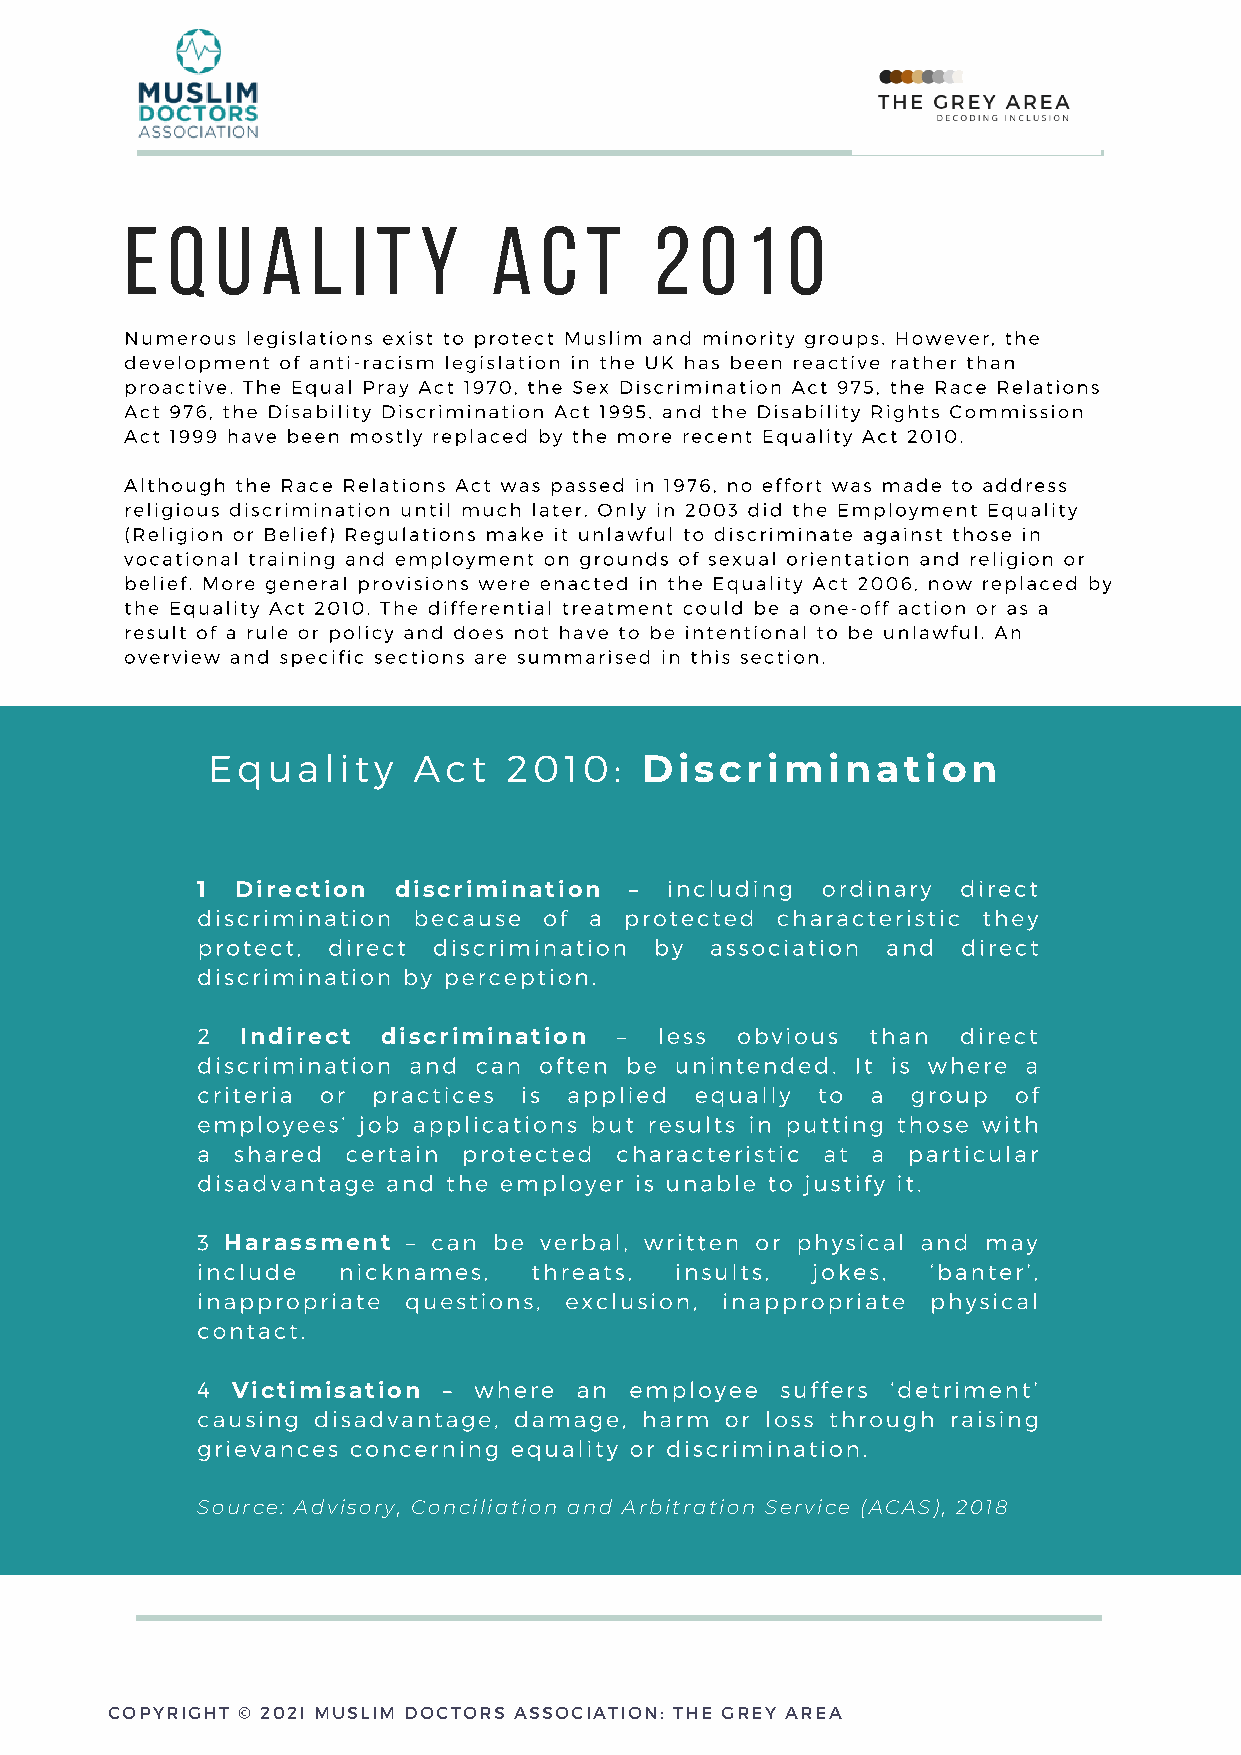
E  Q  U  A   L I T  Y    A  C  T   2  0  1  0
 Numerous legislations exist to protect Muslim and minority groups. However, the
 development of anti-racism legislation in the UK has been reactive rather than
 proactive. The Equal Pray Act 1970, the Sex Discrimination Act 975, the Race Relations
 Act 976, the Disability Discrimination Act 1995, and the Disability Rights Commission
 Act 1999 have been mostly replaced by the more recent Equality Act 2010.
 Although the Race Relations Act was passed in 1976, no effort was made to address
 religious discrimination until much later. Only in 2003 did the Employment Equality
 (Religion or Belief) Regulations make it unlawful to discriminate against those in
 vocational training and employment on grounds of sexual orientation and religion or
 belief. More general provisions were enacted in the Equality Act 2006, now replaced by
 the Equality Act 2010. The differential treatment could be a one-off action or as a
 result of a rule or policy and does not have to be intentional to be unlawful. An
 overview and specific sections are summarised in this section.
 Equality     Act    2010:
 Discrimination
 1  Direction discrimination  – including ordinary  direct
 discrimination because of a protected characteristic they
 protect, direct discrimination by association and  direct
 discrimination by perception.
 2  Indirect discrimination  –  less obvious  than  direct
 discrimination and can often be unintended. It is where a
 criteria or practices is applied equally to  a group  of
 employees’ job applications but results in putting those with
 a shared  certain protected characteristic at a particular
 disadvantage and the employer is unable to justify it.
 3 Harassment  – can be verbal, written or physical and may
 include  nicknames,   threats,  insults, jokes,  ‘banter’,
 inappropriate questions, exclusion, inappropriate physical
 contact.
 4 Victimisation – where  an  employee  suffers ‘detriment’
 causing disadvantage, damage, harm or loss through raising
 grievances concerning equality or discrimination.
 Source: Advisory, Conciliation and Arbitration Service (ACAS), 2018
 COCPYORPIGYHRTI G© H20T2 I© M 2U0S2LIIM M DUOSCLTOIMRS D AOSSCOTCOIARTSIO ANS: TSHOEC GIRAETYI AORNE:A THE GREY AREA